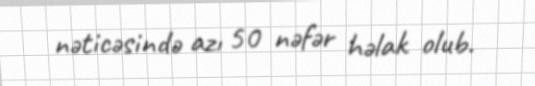
nəticəsində azı 50 nəfər həlak olub.